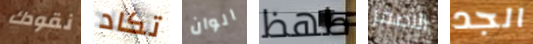
نقودك تكاد الوان طھظ الاصفر الجد